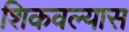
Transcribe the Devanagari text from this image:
शिकवल्यास